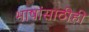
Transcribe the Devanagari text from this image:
भाषांसाठीही